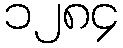
၁၂၈၄